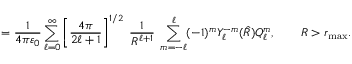
= { \frac { 1 } { 4 \pi \varepsilon _ { 0 } } } \sum _ { \ell = 0 } ^ { \infty } \left[ { \frac { 4 \pi } { 2 \ell + 1 } } \right] ^ { 1 / 2 } \; { \frac { 1 } { R ^ { \ell + 1 } } } \; \sum _ { m = - \ell } ^ { \ell } ( - 1 ) ^ { m } Y _ { \ell } ^ { - m } ( { \hat { R } } ) Q _ { \ell } ^ { m } , \qquad R > r _ { \mathrm { m a x } } .